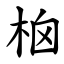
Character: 㭡